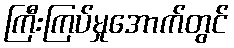
ကြီးကြပ်မှုအောက်တွင်